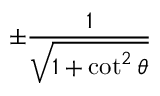
\pm { \frac { 1 } { \sqrt { 1 + \cot ^ { 2 } \theta } } }